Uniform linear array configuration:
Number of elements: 48
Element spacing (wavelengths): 0.25
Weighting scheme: exponential
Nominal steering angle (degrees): -15
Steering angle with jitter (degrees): -16.557
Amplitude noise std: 0.05
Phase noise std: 0.05

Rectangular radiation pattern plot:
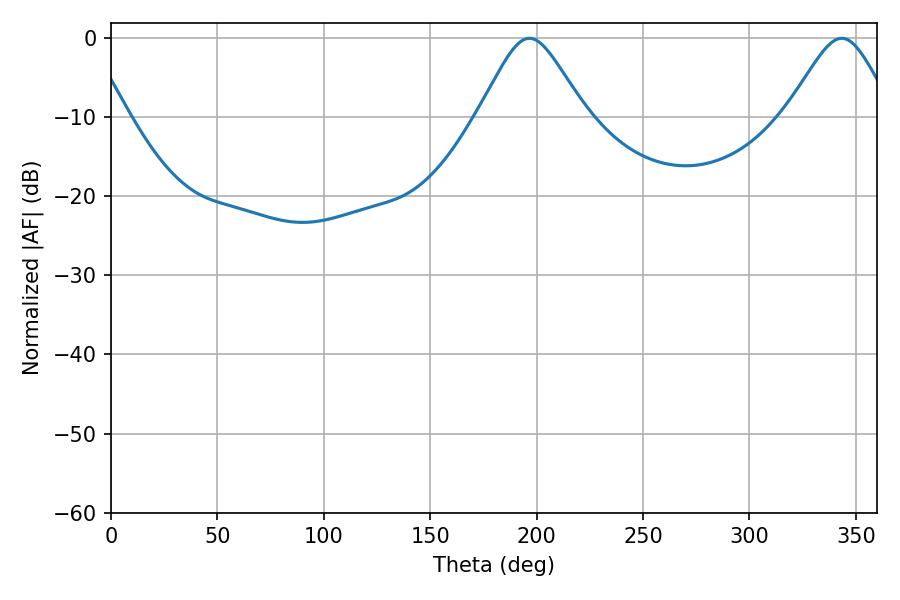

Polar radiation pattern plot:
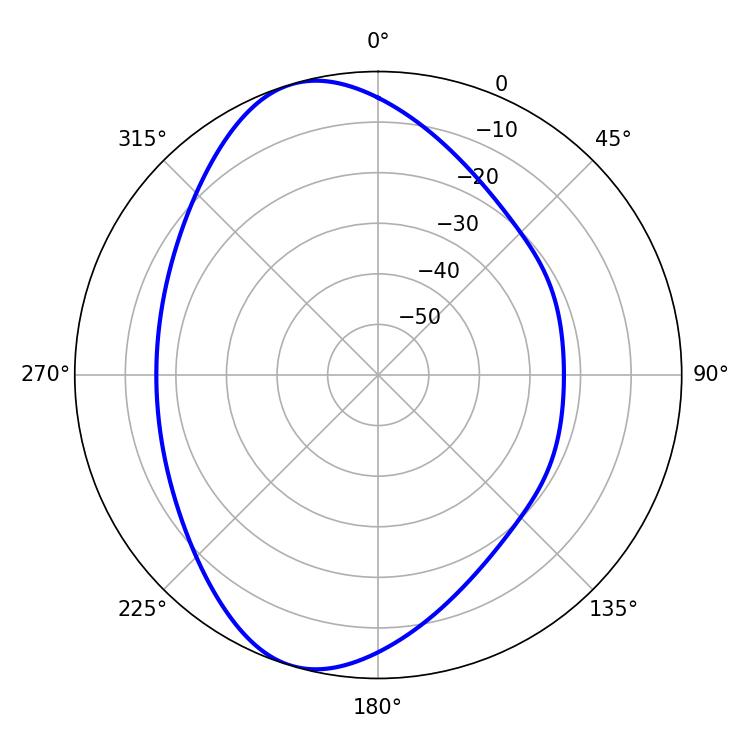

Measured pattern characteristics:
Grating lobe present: FALSE
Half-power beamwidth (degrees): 24.3
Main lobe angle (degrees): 196.56